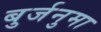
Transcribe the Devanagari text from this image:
बुर्जनुमा